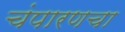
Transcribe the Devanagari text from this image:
चंपारणचा